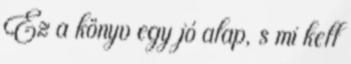
Ez a könyv egy jó alap, s mi kell